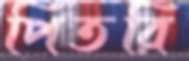
পিতরি